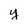
Character: y